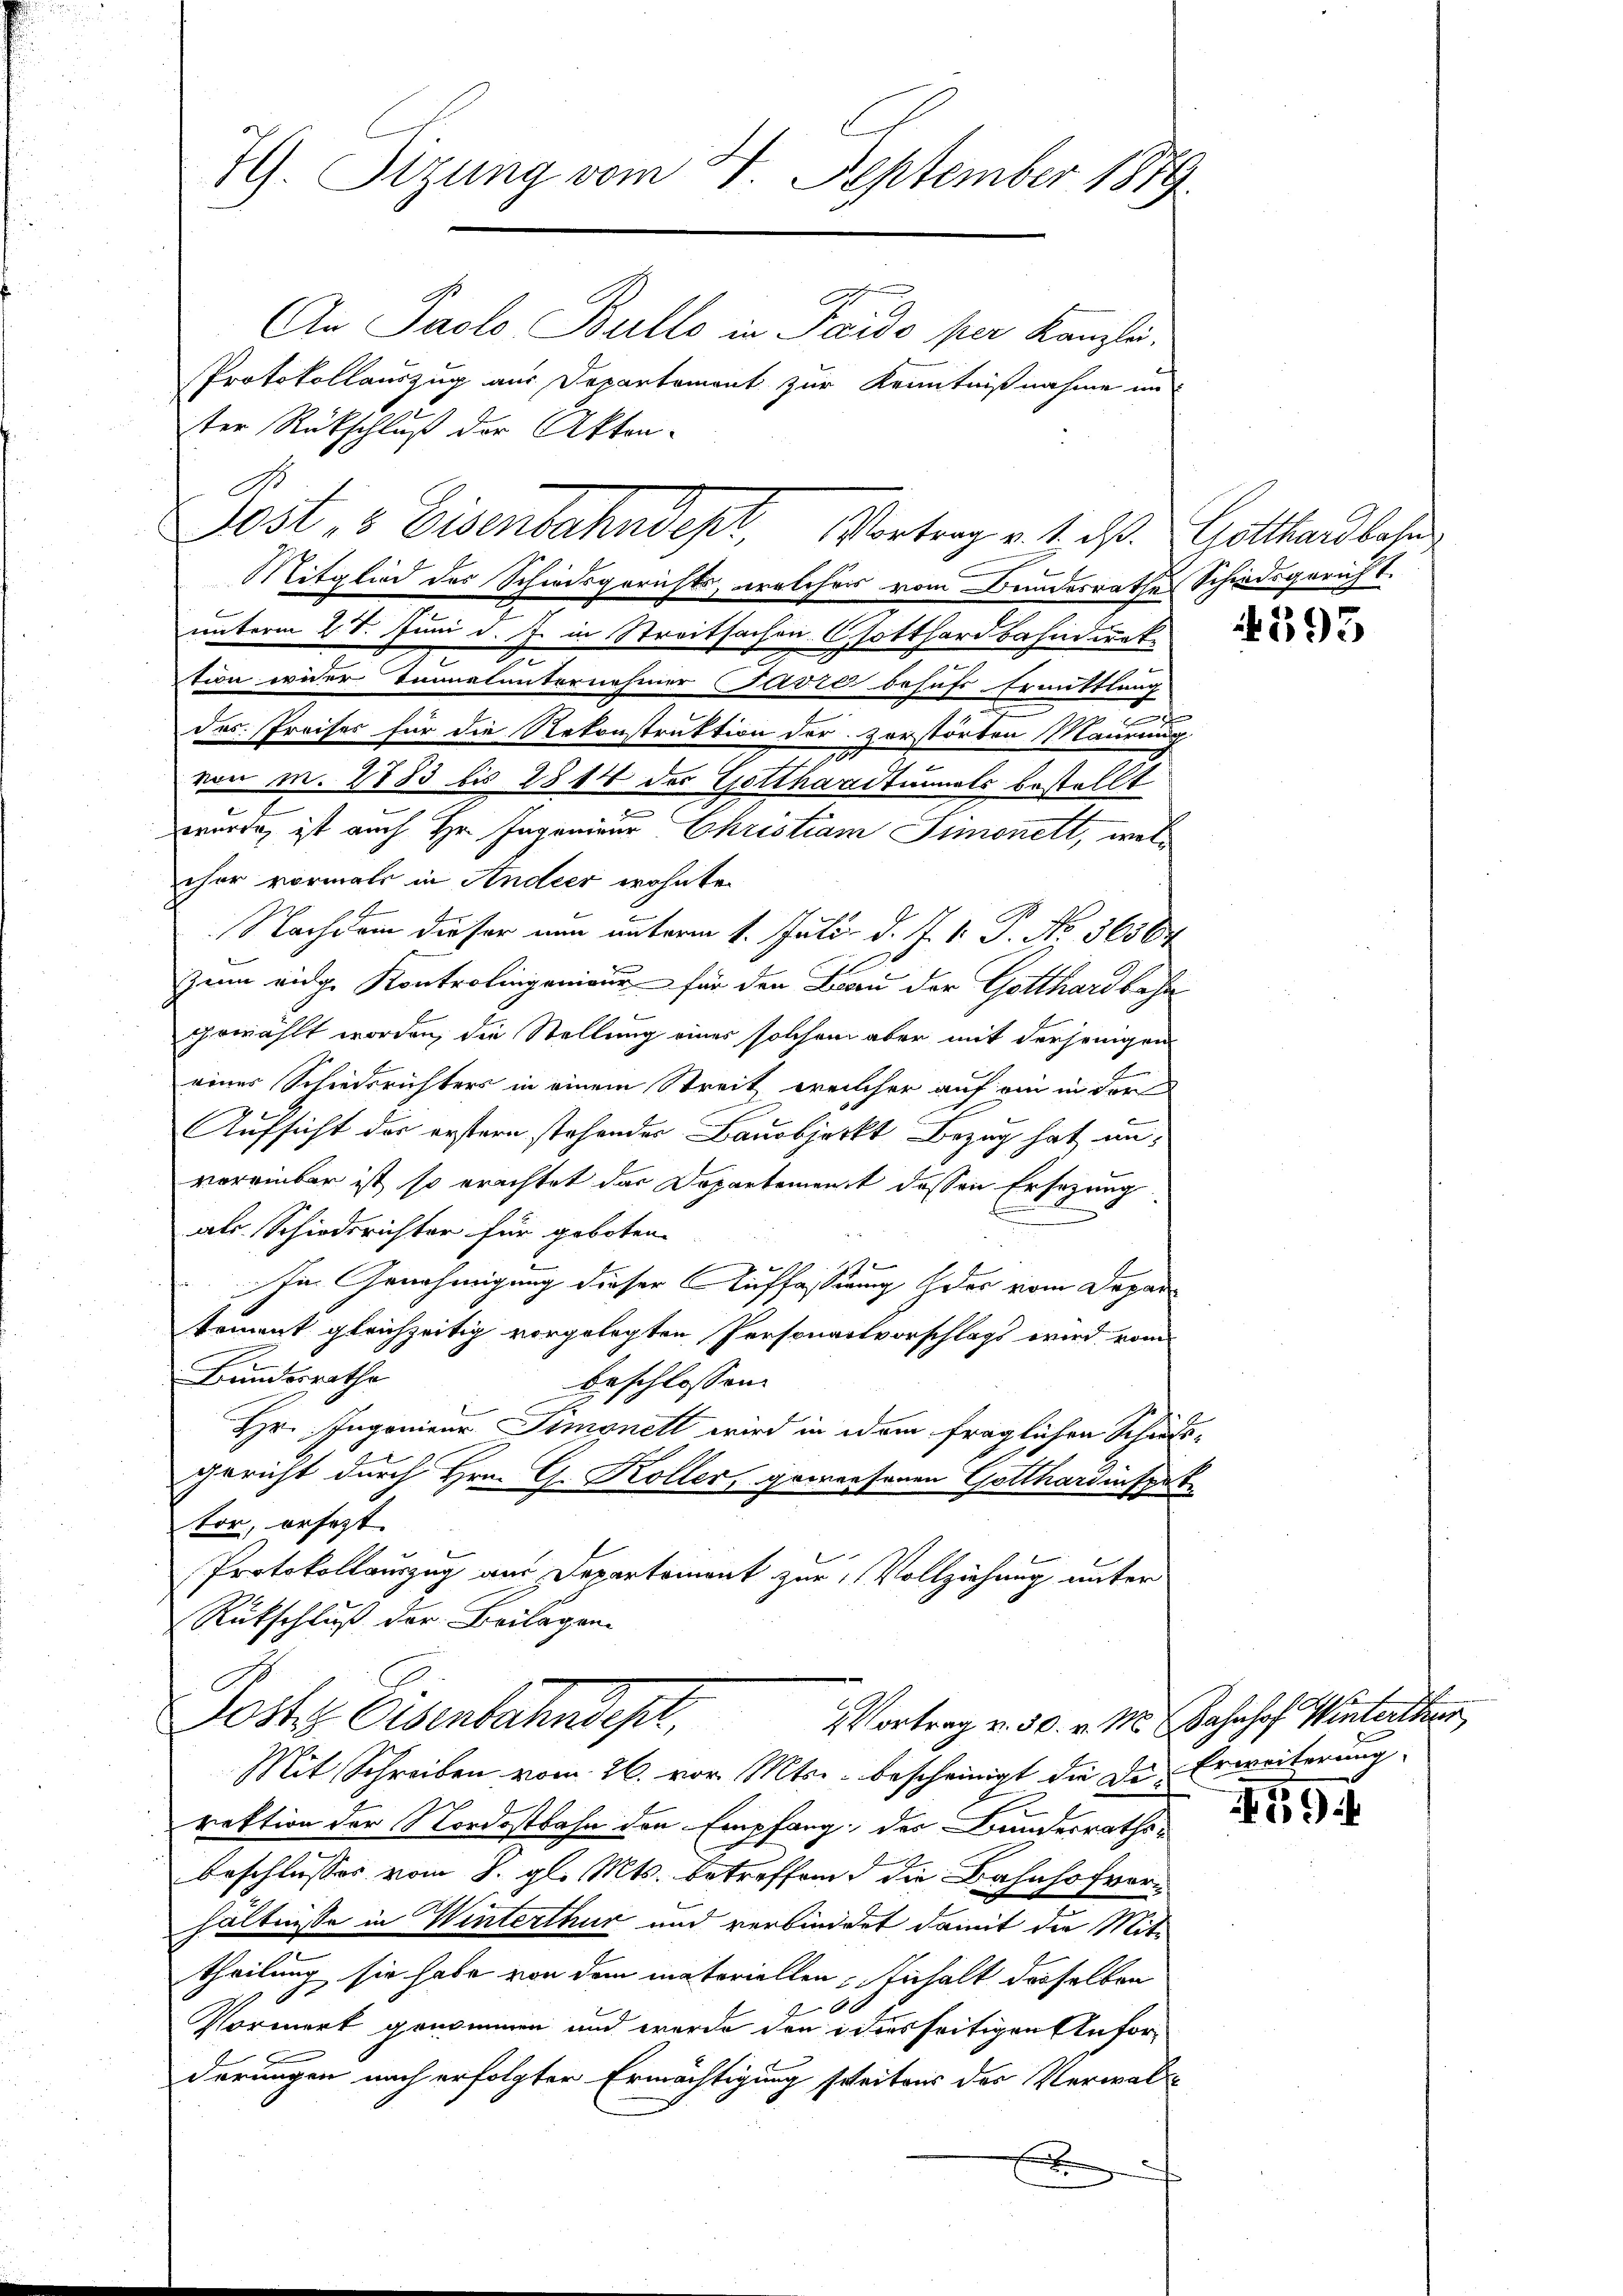
do

7. Sizung vom 4. September 1879
An Paolo Bullo in Pardo per Kanzlei.
Protokollauszug aus Departement zur Kenntnißnahme im
ter Rückschluß der Akten-

Jost 3 Eisenbahndept, Vortrag v. 4. d. Gotthardbahn

Mitglied des Schiedsgerichts, welcher vom Bundesrathes Schiedsgericht.
unterm 28. Juni d. J. in Streitsachen. Gotthardbahndirektion wider Tonnelunternehmer (Frvić behufs Ermittlang
.
des Preises für die Rekonstruktion der Zerstörten Maurung
von M. 1883 bis 1844 der Gotthardtunals bestellt
e
wurde, ist auch Hr. Ingenieur Christiam Simonett, welcher vormals in Andeer wohnte
Nachdem dieser nun unterm 1. Juli d. J. V. P. No. 36504
I
Zum eidge Kontrolingenieur für den Frau der Gotthardbahn
2
gewählt worden, die Stellung eines solchem aber mit derjenigen
eines Schiedsrichters in einem Streit, welcher auf ein in der
Aufsicht der erstern stehender Bauobjekt Bezug hat unvereinbar ist, so erachtet das Departement dessen Ersezung
als Schiedsrichter für geboten
In Genehmigung dieser Auffassung des vom Deparkoment gleichzeitig vorgelegten Personartvorschlags wird vom
Bundesrathe
beschlossen:
Hr. Ingenieur Simonett wird in dem fraglichen Schätsgericht durch Hrn. G. Koller, gewiesenen Gotthardinspet
tor, ersetzt
Protokollauszug aus Departement zur Vollziehung unter
Rütschluß der Beilagen.
Josts Eisenbahndest,
Vortrag v. 30. v. M. Jahnhof Winterthur
Mit Schreiben vom 26. vor. Mts. bescheinigt die de Erweiterung
rektion der Nordostbahn den Empfang des Bundesraths-
beschlusses vom 8. gl. Mts. betreffend die Bahnhofverhältnisse in Winterthur und verbindet damit die Mitt
theilung sie habe von dem materiellen Inhalt derselben
Vormerk genommen und werde den indesseitigen Anforderungen nach erfolgter Ermächtigung seitens der Verwalx

395

594